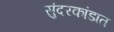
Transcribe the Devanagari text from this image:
सुंदरकांडात